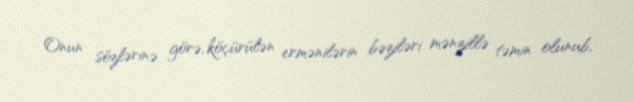
Onun sözlərinə görə, köçürülən ermənilərin bəziləri mənzillə təmin olunub,